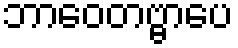
ဘာဝေတဗ္ဗာပေ